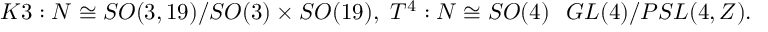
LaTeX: K 3 : N \cong S O ( 3 , 1 9 ) / S O ( 3 ) \times S O ( 1 9 ) , { } ~ T ^ { 4 } : N \cong S O ( 4 ) \setminus G L ( 4 ) / P S L ( 4 , Z ) .